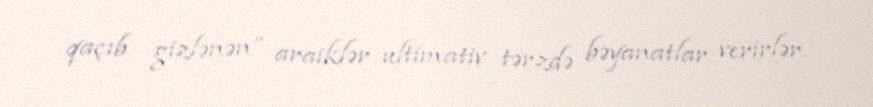
qaçıb gizlənən” araiklər ultimativ tərzdə bəyanatlar verirlər.